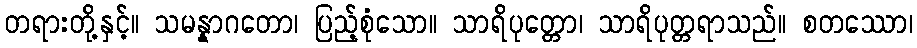
တရားတို့နှင့်။ သမန္နာဂတော၊ ပြည့်စုံသော။ သာရိပုတ္တော၊ သာရိပုတ္တရာသည်။ စတဿော၊